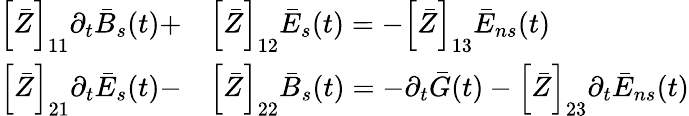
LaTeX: \begin{array}{rl}{\left[\bar{Z}\right]_{11}\partial_{t}\bar{B}_{s}(t)+}&{\left[\bar{Z}\right]_{12}\bar{E}_{s}(t)=-\left[\bar{Z}\right]_{13}\bar{E}_{ns}(t)}\\ {\left[\bar{Z}\right]_{21}\partial_{t}\bar{E}_{s}(t)-}&{\left[\bar{Z}\right]_{22}\bar{B}_{s}(t)=-\partial_{t}\bar{G}(t)-\left[\bar{Z}\right]_{23}\partial_{t}\bar{E}_{ns}(t)}\end{array}